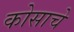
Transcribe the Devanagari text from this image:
कोसाचे